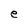
Character: e